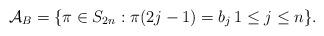
LaTeX: \begin{align*}\mathcal{A}_B=\{\pi\in S_{2n}: \pi(2j-1)=b_j\, 1\leq j\leq n\}.\end{align*}